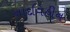
નાદવિહીન